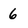
Character: 6